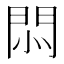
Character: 𢛩